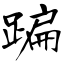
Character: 蹁